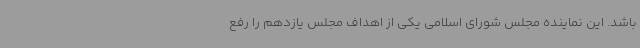
باشد. این نماینده مجلس شورای اسلامی یکی از اهداف مجلس یازدهم را رفع